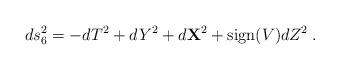
LaTeX: \begin{align*}ds_6^2 = -dT^2+dY^2+d{\bf X}^2+{\rm sign}(V)dZ^2\; .\end{align*}